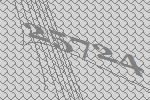
25724